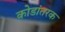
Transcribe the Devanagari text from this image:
कोडांतरक